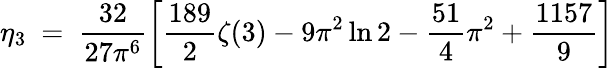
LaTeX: \eta_{3}~=~\frac{32}{27\pi^{6}}\left[\frac{189}{2}\zeta(3)-9\pi^{2}\ln 2-\frac{51}{4}\pi^{2}+\frac{1157}{9}\right]